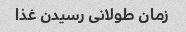
زمان طولانی رسیدن غذا